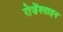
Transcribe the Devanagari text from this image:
रोज़ेंश्ताइन